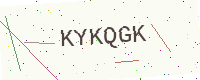
Text: KYKQGK